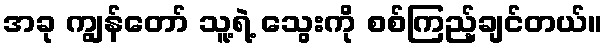
အခု ကျွန်တော် သူ့ရဲ့ သွေးကို စစ်ကြည့်ချင်တယ်။